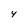
Character: 4